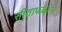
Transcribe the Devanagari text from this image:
सीताफळांना